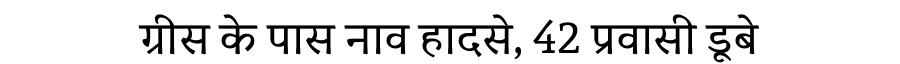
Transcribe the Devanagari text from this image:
ग्रीस के पास नाव हादसे, 42 प्रवासी डूबे